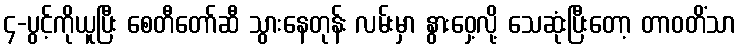
၄-ပွင့်ကိုယူပြီး စေတီတော်ဆီ သွားနေတုန်း လမ်းမှာ နွားဝှေ့လို့ သေဆုံးပြီးတော့ တာဝတိံသာ